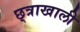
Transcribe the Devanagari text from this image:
छ्त्राखाली